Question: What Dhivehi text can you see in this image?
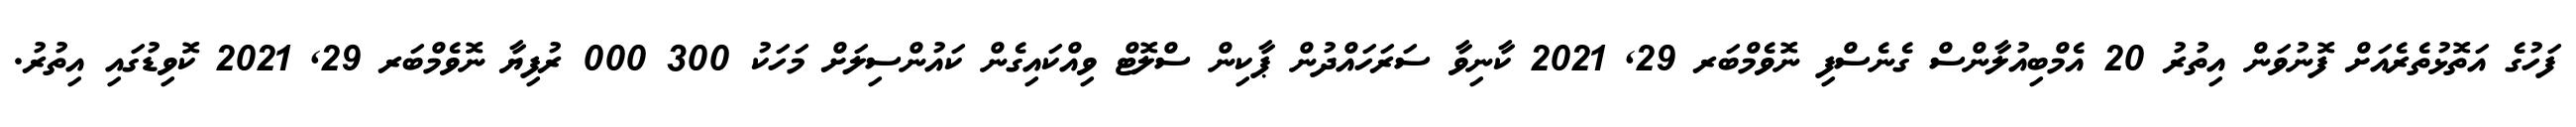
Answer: ފަހުގެ އަތޮޅުތެރެއަށް ފޮނުވަން އިތުރު 20 އެމްބިއުލާންސް ގެނެސްފި ނޮވެމްބަރ 29, 2021 ކާނިވާ ސަރަހައްދުން ޕާކިން ސްލޮޓް ވިއްކައިގެން ކައުންސިލަށް މަހަކު 300 000 ރުފިޔާ ނޮވެމްބަރ 29, 2021 ކޮވިޑުގައި އިތުރު.